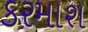
કરમાશ